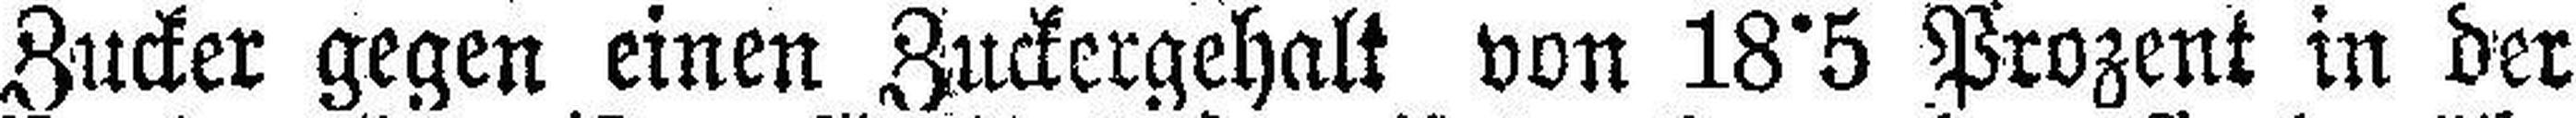
Zucker gegen einen Zuckergehalt von 18°5 Prozent in der